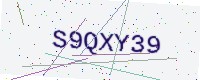
Text: S9QXY39